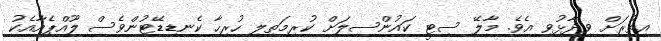
އިތުރަށް ވިދާޅުވި އެވެ. މާލޭ ސިޓީ ކައުންސިލަށް ކުރިމަތިލި ހުރިހާ ކެނޑިޑޭޓުންވެސް ލޫއްޕެއާއެކު